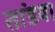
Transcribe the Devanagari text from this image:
तांडवा